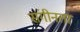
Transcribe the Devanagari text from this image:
संगीनता